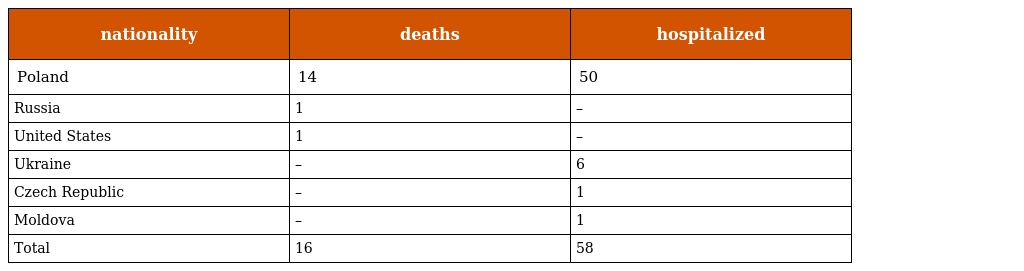
| nationality | deaths | hospitalized |
 | --- | --- | --- |
 | Poland | 14 | 50 |
 | Russia | 1 | – |
 | United States | 1 | – |
 | Ukraine | – | 6 |
 | Czech Republic | – | 1 |
 | Moldova | – | 1 |
 | Total | 16 | 58 |